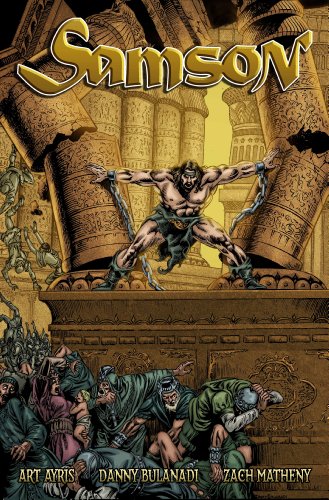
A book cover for Samson; Art Ayris; Comics & Graphic Novels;